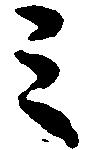
ミ